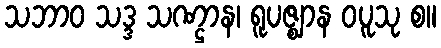
သဘာဝ သဒ္ဒ သဏ္ဌာန၊ ရူပဇ္ဈာန ဝပူသု စ။